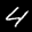
Label: 4